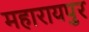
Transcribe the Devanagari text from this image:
महारायपुर